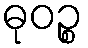
ဓုဝဉ္စ